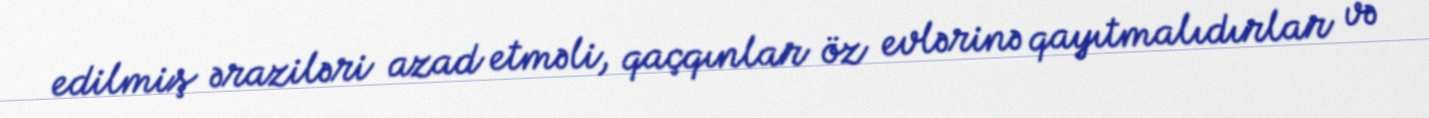
edilmiş əraziləri azad etməli, qaçqınlar öz evlərinə qayıtmalıdırlar və